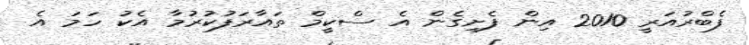
ފެބްރުއަރީ 2010 އިން ފެށިގެން އެ ސްކީމް ތައާރަފުކުރުމާ އެކު ހަމަ އެ